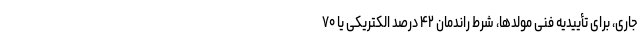
جاری، برای تأییدیه فنی مولدها، شرط راندمان ۴۲ درصد الکتریکی یا ۷۰